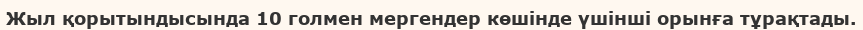
Жыл қорытындысында 10 голмен мергендер көшінде үшінші орынға тұрақтады.